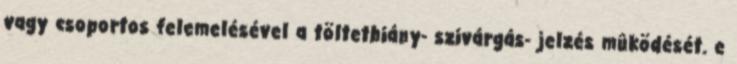
vagy csoportos felemelésével a töltethiány- szivárgás- jelzés mûködését. e